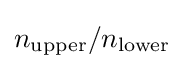
n_{\text{upper}}/n_{\text{lower}}